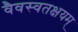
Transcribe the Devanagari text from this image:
वैवस्वतक्षयम्